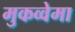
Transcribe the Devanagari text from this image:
मुकव्वेमा